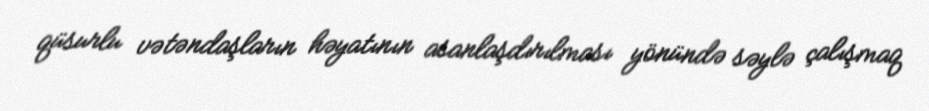
qüsurlu vətəndaşların həyatının asanlaşdırılması yönündə səylə çalışmaq